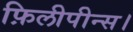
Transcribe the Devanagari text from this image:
फ़िलीपीन्स।